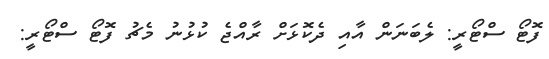
ފޮޓޯ ސްޓޯރީ: ލެބަނަން އާއި ދެކޮޅަށް ރާއްޖެ ކުޅުނު މެޗު ފޮޓޯ ސްޓޯރީ: